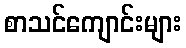
စာသင်ကျောင်းများ